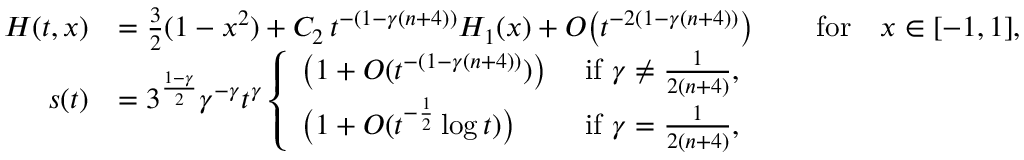
\begin{array} { r l r l } { H ( t , x ) } & { = \frac 3 2 ( 1 - x ^ { 2 } ) + C _ { 2 } \, t ^ { - ( 1 - \gamma ( n + 4 ) ) } H _ { 1 } ( x ) + O \big ( t ^ { - 2 ( 1 - \gamma ( n + 4 ) ) } \big ) } & & { \mathrm { f o r } \quad x \in [ - 1 , 1 ] , } \\ { s ( t ) } & { = 3 ^ { \frac { 1 - \gamma } { 2 } } \gamma ^ { - \gamma } t ^ { \gamma } \left\{ \begin{array} { l l } { \big ( 1 + O ( t ^ { - ( 1 - \gamma ( n + 4 ) ) } ) \big ) } & { \mathrm { ~ i f ~ } \gamma \ne \frac { 1 } { 2 ( n + 4 ) } , } \\ { \big ( 1 + O ( t ^ { - \frac 1 2 } \log t ) \big ) } & { \mathrm { ~ i f ~ } \gamma = \frac { 1 } { 2 ( n + 4 ) } , } \end{array} \right. } \end{array}